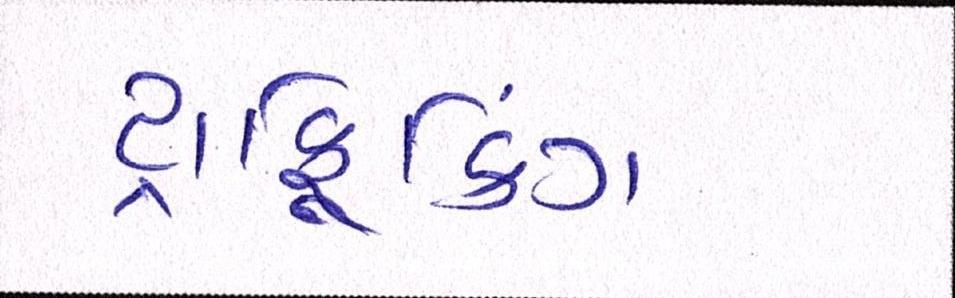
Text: ટ્રાફિકિંગ